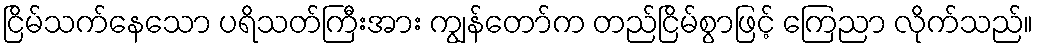
ငြိမ်သက်နေသော ပရိသတ်ကြီးအား ကျွန်တော်က တည်ငြိမ်စွာဖြင့် ကြေညာ လိုက်သည်။